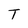
Character: T